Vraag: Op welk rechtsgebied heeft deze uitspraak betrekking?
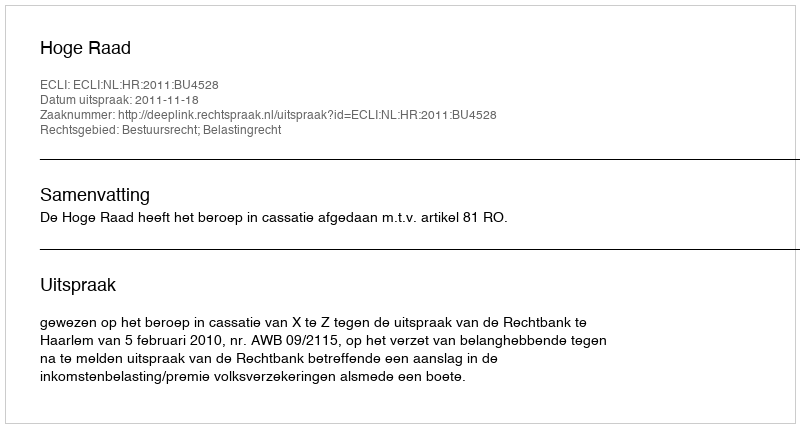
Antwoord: Bestuursrecht; Belastingrecht